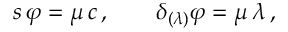
s \, \varphi = \mu \, c \, , ~ ~ ~ ~ ~ ~ \delta _ { ( \lambda ) } \varphi = \mu \, \lambda \, ,